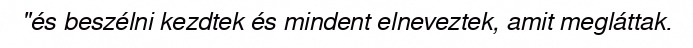
"és beszélni kezdtek és mindent elneveztek, amit megláttak.